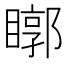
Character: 䁨